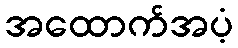
အထောက်အပံ့